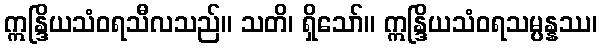
ဣန္ဒြိယသံဝရသီလသည်။ သတိ၊ ရှိသော်။ ဣန္ဒြိယသံဝရသမ္ပန္နဿ၊